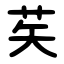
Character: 䒨